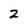
Character: 2